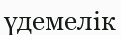
үдемелік